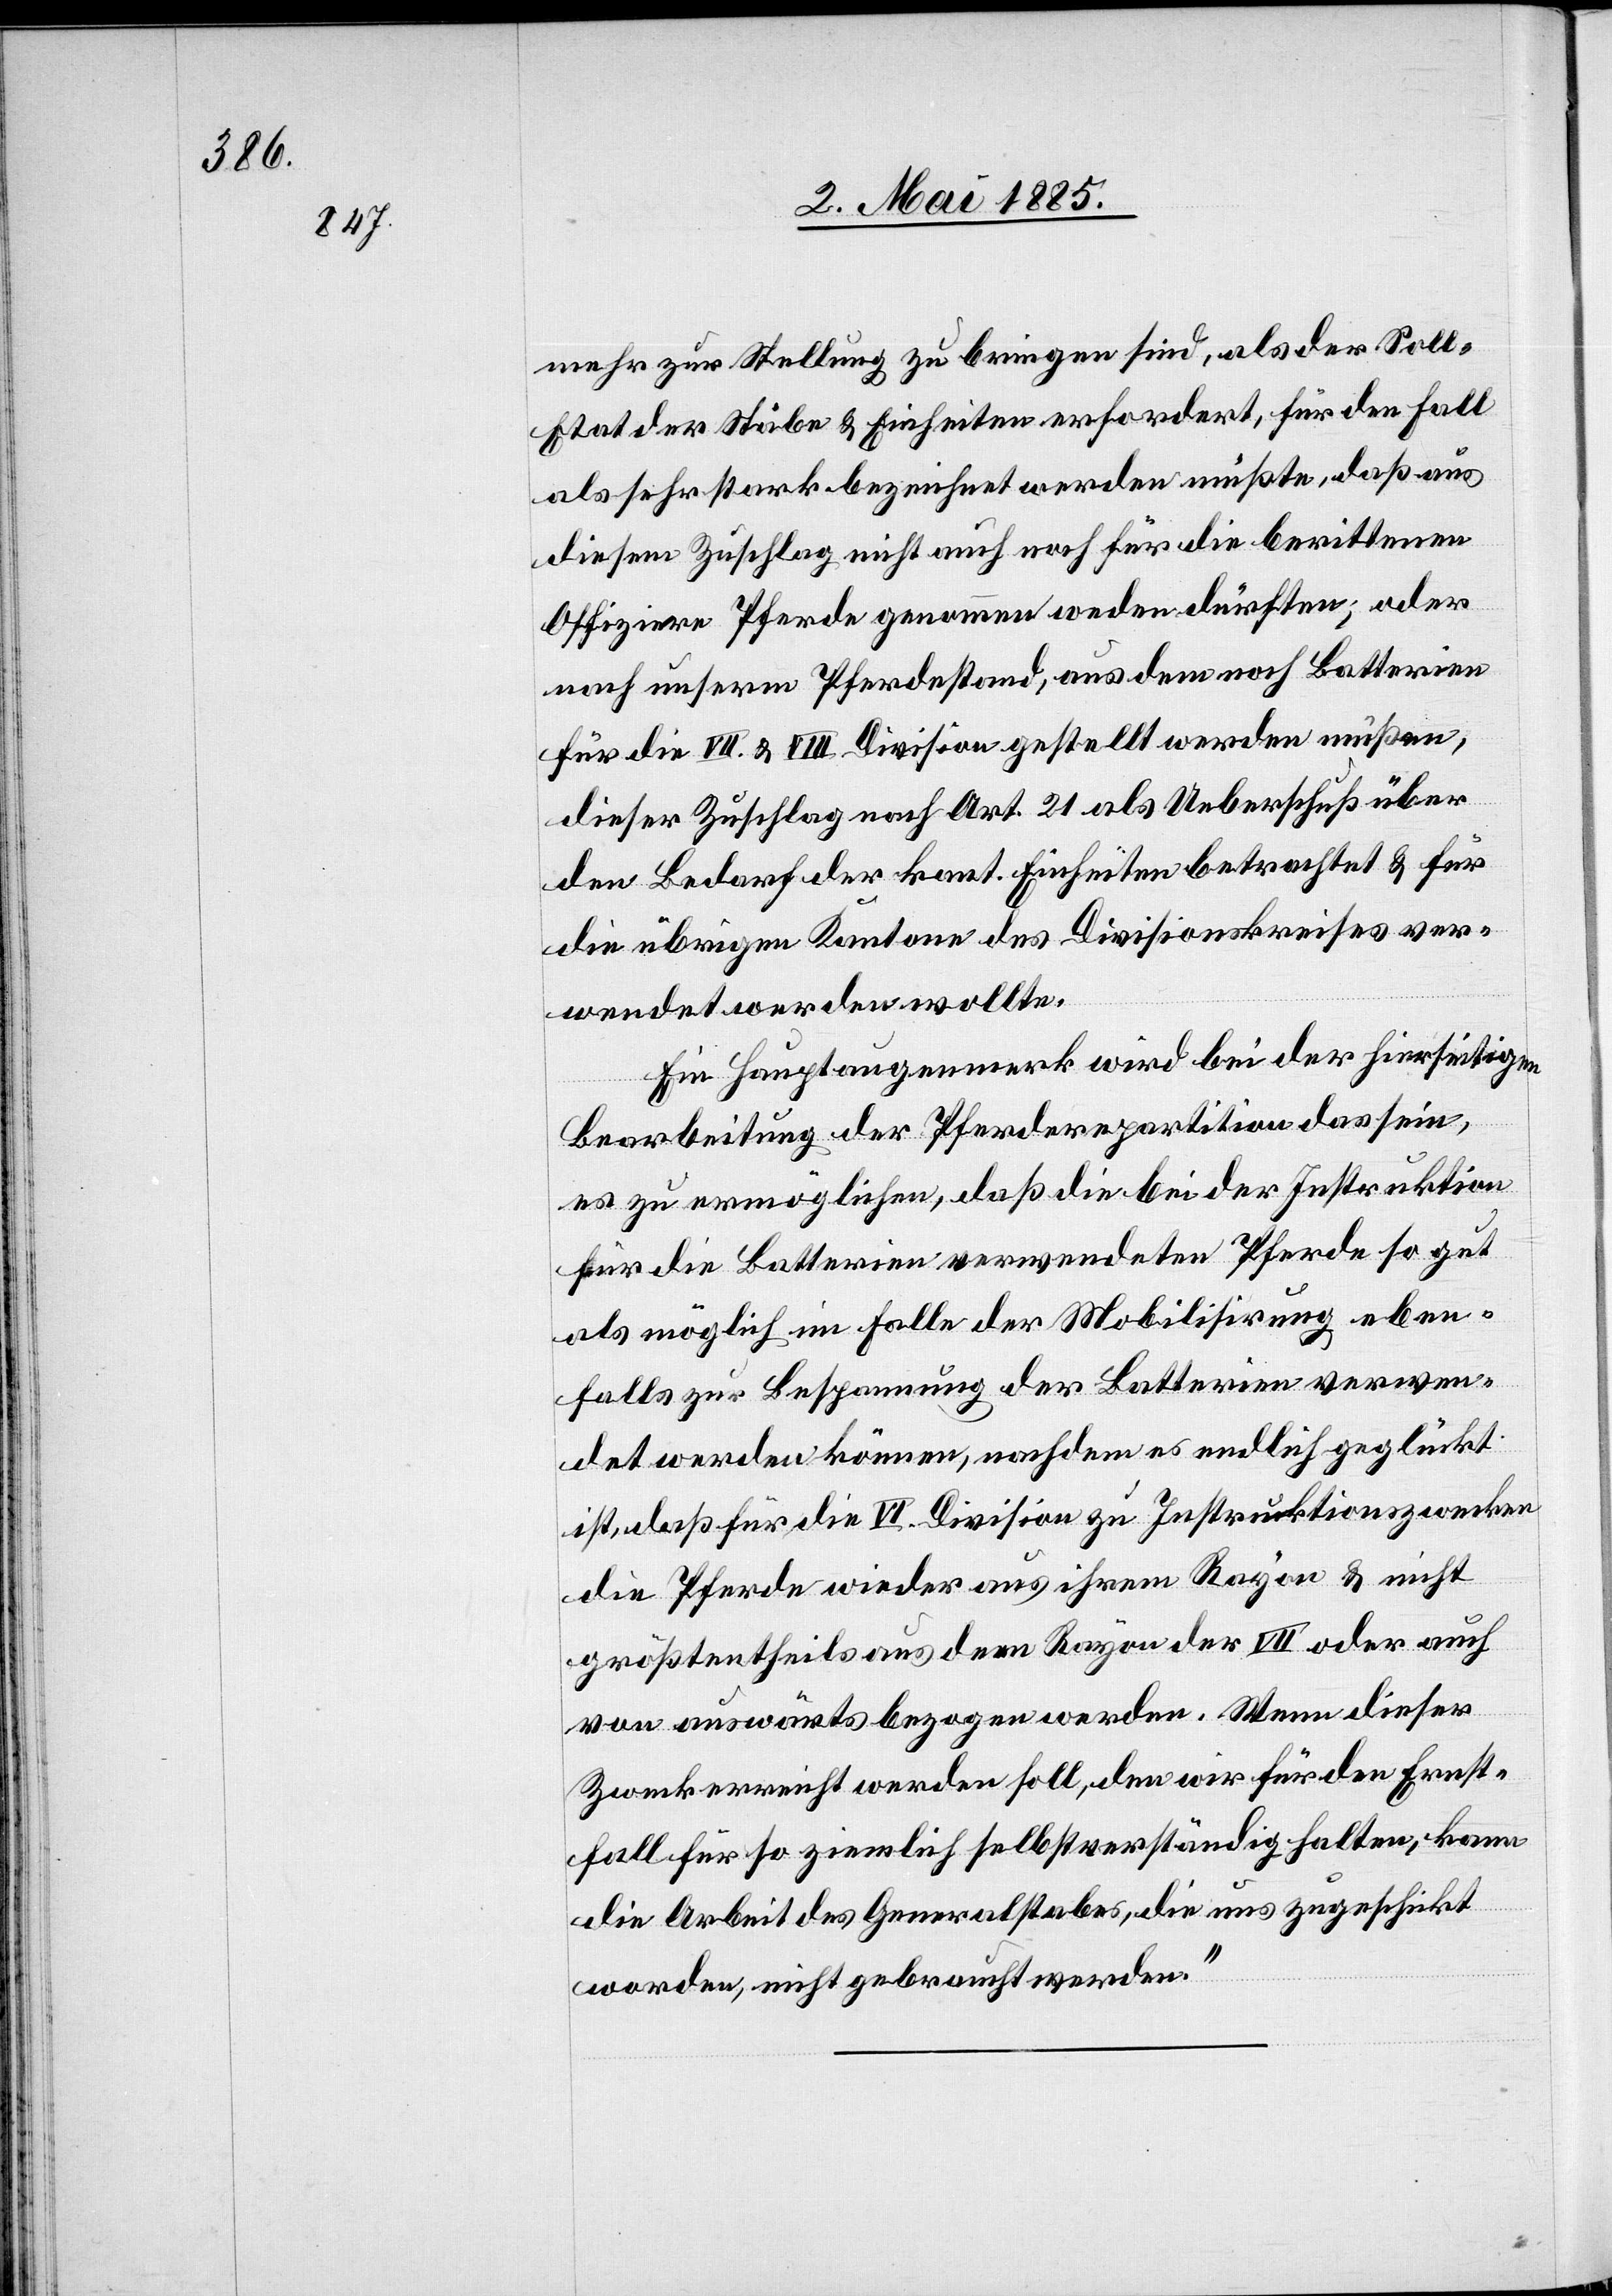
mehr zur Stellung zu bringen sind, als der Soll-E¬
tat der Stäbe & Einheiten erfordert, für den Fall
als sehr stark bezeichnet werden müßte, daß aus
diesem Zuschlag nicht auch noch für die berittenen
Offiziere Pferde genommen werden dürften; oder
nach unserm Pferdestand, aus dem noch Batterien
für die VII. & VIII. Division gestellt werden müßen,
dieser Zuschlag nach Art. 21 als Ueberschuß über
den Bedarf der kant. Einheiten betrachtet & für
die übrigen Kantone des Divisionskreises ver¬
wendet werden wollte.
Ein Hauptaugenmerk wird bei der hierseitigen
Bearbeitung der Pferderepartition dann sein,
es zu ermöglichen, daß die bei der Instruktion
für die Batterien verwendeten Pferde so gut
als möglich im Falle der Mobilisirung eben¬
falls zur Bespannung der Batterien verwen¬
det werden können, nachdem es endlich geglückt
ist, daß für die VI. Division zu Instruktionszwecken
die Pferde wieder aus ihrem Rayon & nicht
größtentheils aus dem Rayon der VII. oder auch
von auswärts bezogen werden. Wenn dieser
Zweck erreicht werden soll, den wir für den Ernst¬
fall für so ziemlich selbstverständlich halten, kann
die Arbeit des Generalstabes, die uns zugeschickt
worden, nicht gebraucht werden.